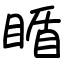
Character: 瞃